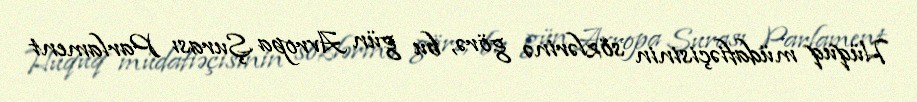
Hüquq müdafiəçisinin sözlərinə görə, bu gün Avropa Şurası Parlament